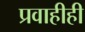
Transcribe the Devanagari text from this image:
प्रवाहीही